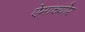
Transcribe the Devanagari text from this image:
ऐमाच्योर